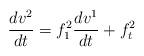
LaTeX: \begin{align*}\frac{dv^2}{dt}=f_1^2\frac{dv^1}{dt}+f_t^2\end{align*}